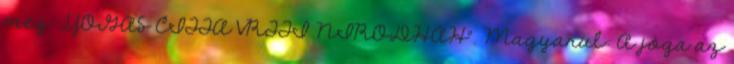
meg: „YOGAS CITTA VRTTI NIRODHAH”. Magyarul: A jóga az